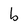
Character: b